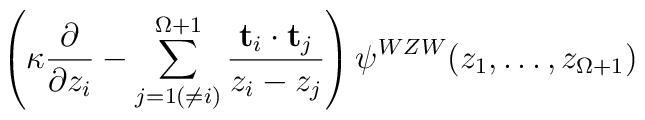
\left( \kappa \frac{\partial}{\partial z_i} - \sum^{\Omega +1}_{ j=1 ( \neq i)  }\frac{ {\bf t}_i \cdot {\bf t}_j }{ z_i - z_j} \right) \psi^{WZW}(z_1, \dots, z_{\Omega+1} )